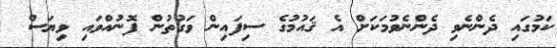
ކަމުގައި ދެންނެވި ދެންނެވުމަކަށް އެ ޤައުމުގެ ސިފައިން ވަގުތުން ފޮނުއްވައި ވިޔަސް